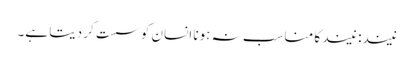
نیند: نیند کا مناسب نہ ہونا انسان کو سست کر دیتا ہے۔